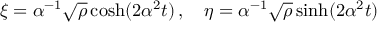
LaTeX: \xi = \alpha ^ { - 1 } \sqrt { \rho } \cosh ( 2 \alpha ^ { 2 } t ) \, , \quad \eta = \alpha ^ { - 1 } \sqrt { \rho } \sinh ( 2 \alpha ^ { 2 } t )